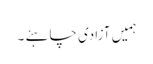
ہمیں آزادی چاہئے ۔